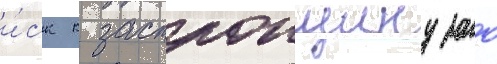
и́ск к застроищику зао